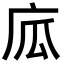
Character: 𢈅